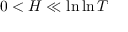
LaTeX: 0 < H \ll \ln \ln T